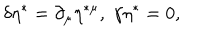
\delta \eta ^ { * } = \partial _ { \mu } \eta ^ { * \mu } , \; \gamma \eta ^ { * } = 0 ,